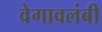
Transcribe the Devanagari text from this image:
वेगावलंबी